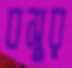
বসুর